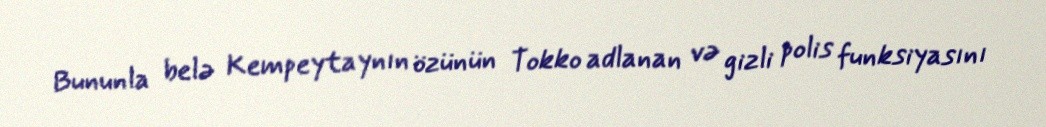
Bununla belə Kempeytaynın özünün Tokko adlanan və gizli polis funksiyasını